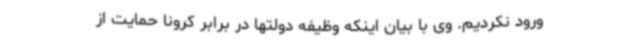
ورود نکردیم. وی با بیان اینکه وظیفه دولتها در برابر کرونا حمایت از